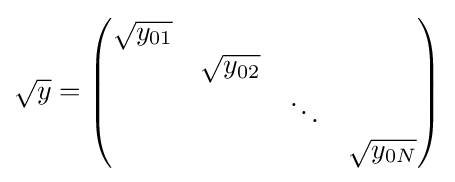
{\sqrt {y}}={\begin{pmatrix}{\sqrt {y_{01}}}&\\&{\sqrt {y_{02}}}\\&&\ddots \\&&&{\sqrt {y_{0N}}}\end{pmatrix}}